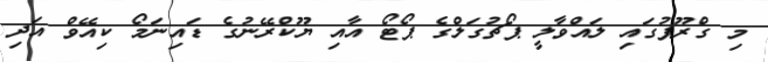
މި ގްރޫޕުގައި ލައްވާލީ ޕޯޗުގަލްގެ ޕޯޓޯ އާއި ޔޫކްރޭނުގެ ޑައިނަމޯ ކިއޭވް އަދި